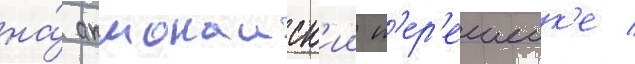
на́ акмонаиск'ии п'ер'ешеик'е /